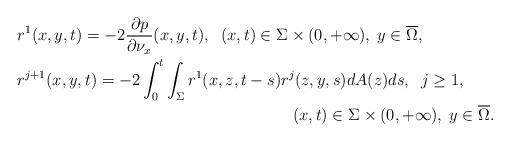
LaTeX: \begin{align*}&r^1(x,y,t)=-2\frac{\partial p}{\partial \nu _x}(x,y,t),\;\; (x,t)\in \Sigma \times (0,+\infty ),\; y\in \overline{\Omega},\\&r^{j+1}(x,y,t)=-2\int_0^t\int_\Sigma r^1(x,z,t-s)r^j(z,y,s)dA(z)ds,\;\; j\geq 1,\\&\hskip 7cm (x,t)\in \Sigma \times (0,+\infty ),\; y\in \overline{\Omega}.\end{align*}